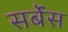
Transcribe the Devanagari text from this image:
सर्बेंस